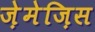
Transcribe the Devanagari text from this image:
ज़ेमेज़िस